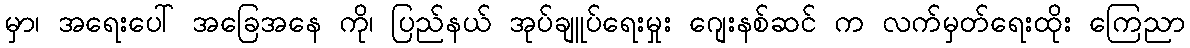
မှာ၊ အရေးပေါ် အခြေအနေ ကို၊ ပြည်နယ် အုပ်ချူပ်ရေးမှုး ဂျေးနစ်ဆင် က လက်မှတ်ရေးထိုး ကြေညာ